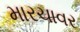
મારચાવર